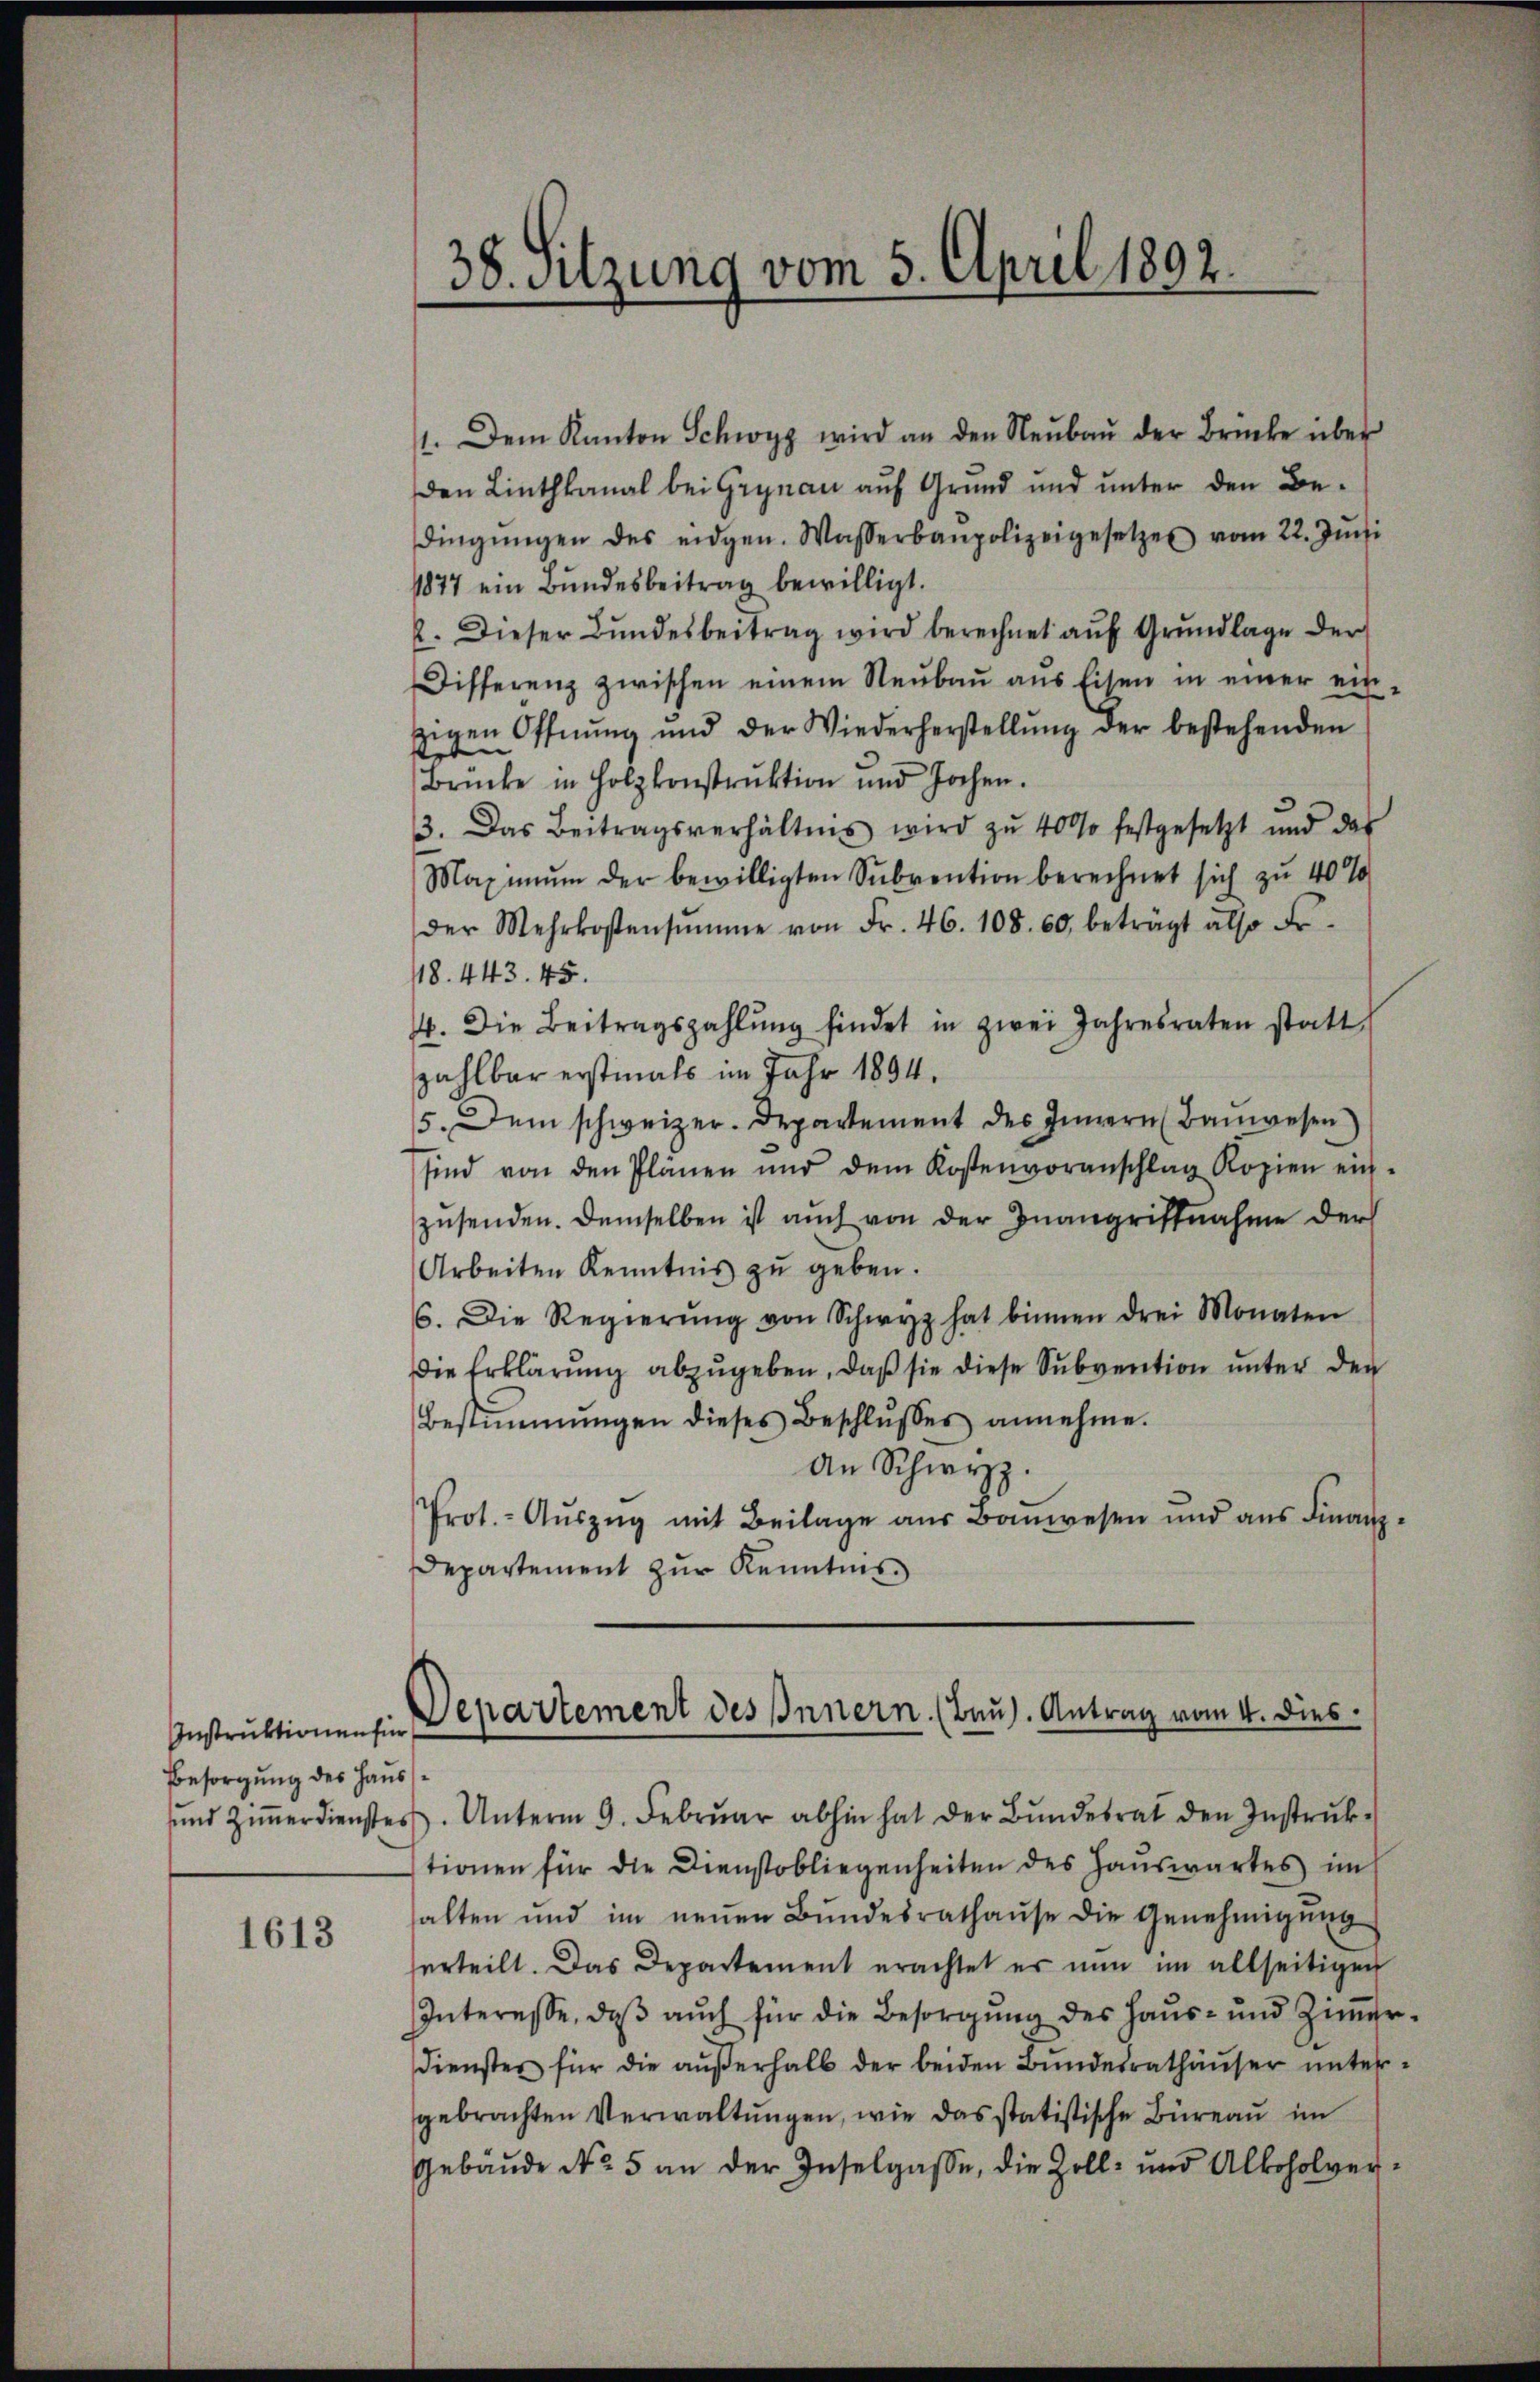
Instruktionen für
Besorgung des Haus¬

1613

38. Sitzung vom 5. April 1892.

Departement des Innern. (Bau). Antrag vom 4. dies

1. Dem Kanton Schwyz wird an den Neŭbaŭ der Brücke über
den Linthkanal bei Grynau auf Grund und unter den Be-
dingŭngen des eidgen. Wasserbaupolizeigesetzes vom 22. Juni
1877 ein Bundesbeitrag bewilligt.
2. Dieser Bŭndesbeitrag wird berechnet auf Grundlage der
Differenz zwischen einem Neubau aus Eisen in einer ein-
zigen Offnŭng und der Wiederherstellŭng der bestehenden
Brücke in Holzkonstrŭktion und Jochen.
3. Das Beitragsverhältnis wird zŭ 4000 festgesetzt und das
Maximŭm der bewilligten Subvention berechnet sich zu 40%
der Mehrkostensŭmme von Fr. 46. 108. 60, beträgt also Fr
48. 443. 45.
4. Die Beitragszahlŭng findet in zwei Jahresraten statt
zahlbar erstmals im Jahr 1894.
5. Dem schweizer. Departement des Innern (Bauwesen)
sind von den Plänen und dem Kostenvoranschlag Kopien ein-
zŭsenden. Demselben ist aŭch von der Inangriffnahme der
Arbeiten Kenntnis zu geben.
6. Die Regierŭng von Schwyz hat binnen drei Monaten
Die Erklärung abzugeben, daß sie diese Subvention unter den
Bestimmungen dieses Beschlŭsses annehme.
An Schwyz.
Prot. - Auszug mit Beilage aus Bauwesen und aus Finanz¬
Departement zur Kenntnis
ŭnd Ziṁerdienster. Unterm 9. Febrŭar abhin hat der Bŭndesrat den Instrŭk-
tionen für die Dienstobliegenheiten des Hauswartes im
alten und im neŭen Bŭndesrathaŭse die Genehmigŭng
erteilt. Das Departement erachtet er nun im allseitigen
Interesse, daβ aŭch für die Besorgŭng des Haŭs- und Ziṁer
dienstes für die aŭβerhalb der beiden Bundesrathäuser unter
gebrachten Verwaltungen, wie das statistische Büreau im
Gebäude No 5 an der Inselgasse, die Zoll- und Alkoholver-